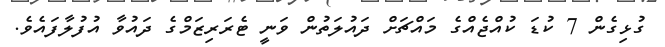
ގުޅިގެން 7 ކުޑަ ކުއްޖެއްގެ މައްޗަށް ދައުލަތުން ވަނީ ޓެރަރިޒަމްގެ ދައުވާ އުފުލާފައެވެ.